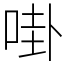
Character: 啩